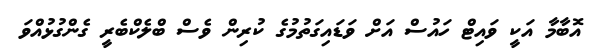
އޮބާމާ އަކީ ވައިޓް ހައުސް އަށް ވަޑައިގަތުމުގެ ކުރިން ވެސް ބްލެކްބެރީ ގެންގުޅުއްވަ